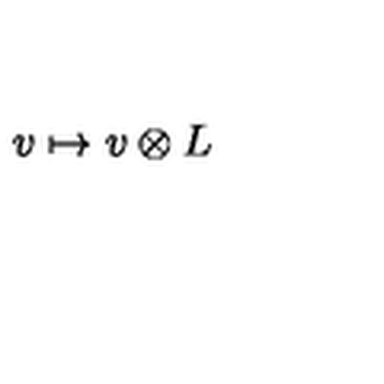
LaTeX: v \mapsto v \otimes L